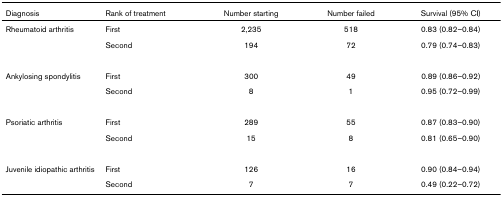
<table><thead><tr><td><b>Diagnosis</b></td><td><b>Rank of treatment</b></td><td><b>Number starting</b></td><td><b>Number failed</b></td><td><b>Survival (95% CI)</b></td></tr></thead><tbody><tr><td>Rheumatoid arthritis</td><td>First</td><td>2,235</td><td>518</td><td>0.83 (0.82–0.84)</td></tr><tr><td></td><td>Second</td><td>194</td><td>72</td><td>0.79 (0.74–0.83)</td></tr><tr><td>Ankylosing spondylitis</td><td>First</td><td>300</td><td>49</td><td>0.89 (0.86–0.92)</td></tr><tr><td></td><td>Second</td><td>8</td><td>1</td><td>0.95 (0.72–0.99)</td></tr><tr><td>Psoriatic arthritis</td><td>First</td><td>289</td><td>55</td><td>0.87 (0.83–0.90)</td></tr><tr><td></td><td>Second</td><td>15</td><td>8</td><td>0.81 (0.65–0.90)</td></tr><tr><td>Juvenile idiopathic arthritis</td><td>First</td><td>126</td><td>16</td><td>0.90 (0.84–0.94)</td></tr><tr><td></td><td>Second</td><td>7</td><td>7</td><td>0.49 (0.22–0.72)</td></tr></tbody></table>